Indian Medical Review
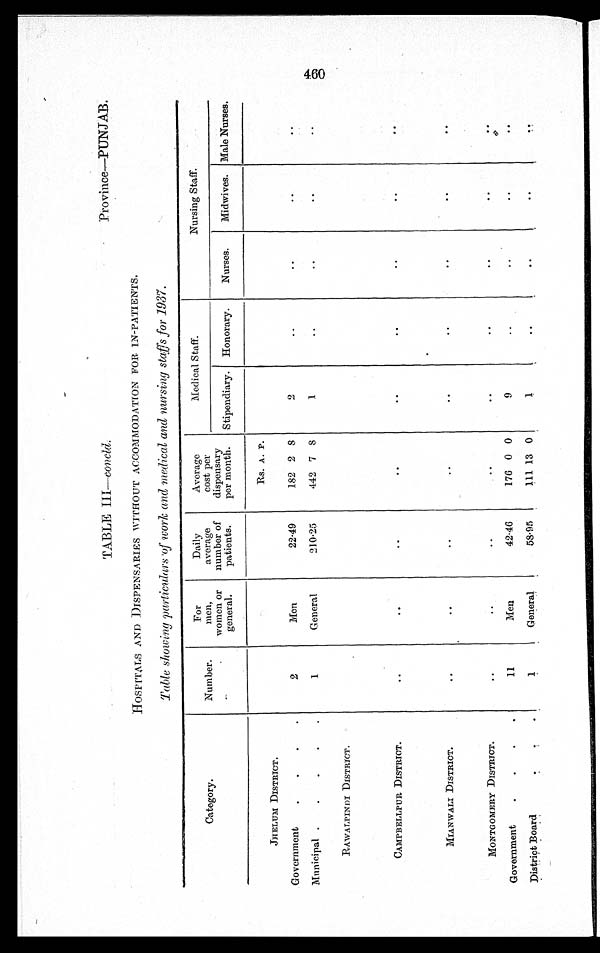
TABLE III—concld .
Province—PUNJAB.
HOSPITALS AND DISPENSARIES WITHOUT ACCOMMODATION FOR IN-PATIENTS.
Table showing particulars of work and medical and nursing staffs for 1937.
Category.
Number.
For
men,
women or
general.
Daily
average
number of
patients.
Average
cost per
dispensary
per month.
Medical Staff.
Nursing Staff.
Stipendiary.
Honorary.
Nurses.
Midwives. Male Nurses.
JHELUM DISTRICT.
Rs. A. P.
Government
.
. . .
2
Men
22.49
182 2 8
2
..
..
..
..
Municipal . . . .
.
.
1
General
210.25
442 7 8
1
..
..
..
..
RAWALPINDI DISTRICT.
CAMPBELLPUR DISTRICT.
. .
..
. .
..
. .
..
. .
..
..
MIANWALI DISTRICT.
..
..
. .
. .
. .
..
. .
..
..
MONTGOMERY DISTRICT.
..
..
..
..
..
..
. .
..
..
Government . . . .
11
Men
42.46
176 0 0
9
..
..
..
..
District Board .
. .
1
General
58.95
111 13 0
1
..
..
..
..